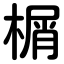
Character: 榍